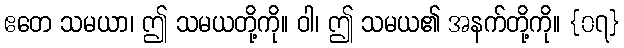
ဧတေ သမယာ၊ ဤ သမယတို့ကို။ ဝါ၊ ဤ သမယ၏ အနက်တို့ကို။ {၀၇}